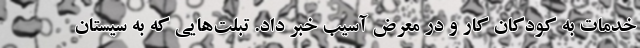
خدمات به کودکان کار و در معرض آسیب خبر داد. تبلت‌هایی که به سیستان